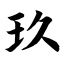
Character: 玖